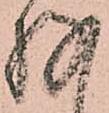
存